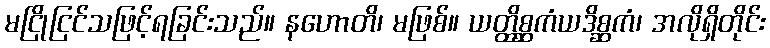
မငြိုငြင်သဖြင့်ရခြင်းသည်။ နဟောတိ၊ မဖြစ်။ ယတ္ထိစ္ဆကံယဒိစ္ဆကံ၊ အလိုရှိတိုင်း